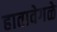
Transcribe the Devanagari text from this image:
हातावेगळे